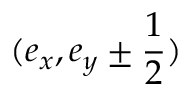
{ ( e _ { x } , e _ { y } \pm \frac { 1 } { 2 } ) }